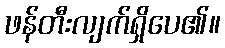
ဖန်တီးလျက်ရှိပေ၏။